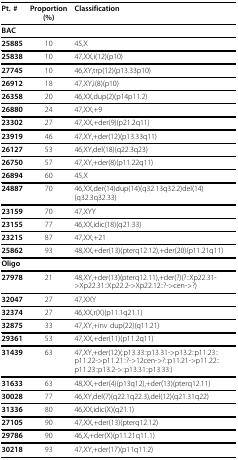
<table><thead><tr><td><b>Pt. #</b></td><td><b>Proportion (%)</b></td><td><b>Classification</b></td></tr></thead><tbody><tr><td colspan="3"><b>BAC</b></td></tr><tr><td><b>25885</b></td><td>10</td><td>45,X</td></tr><tr><td><b>25838</b></td><td>10</td><td>47,XX,i(12)(p10)</td></tr><tr><td><b>27745</b></td><td>10</td><td>46,XY,trp(12)(p13.33p10)</td></tr><tr><td><b>26912</b></td><td>18</td><td>47,XY,i(8)(p10)</td></tr><tr><td><b>26358</b></td><td>20</td><td>46,XX,dup(2)(p14p11.2)</td></tr><tr><td><b>26880</b></td><td>24</td><td>47,XX,+9</td></tr><tr><td><b>23302</b></td><td>27</td><td>47,XX,+der(9)(p21.2q11)</td></tr><tr><td><b>23919</b></td><td>46</td><td>47,XY,+der(12)(p13.33q11)</td></tr><tr><td><b>26127</b></td><td>53</td><td>46,XY,del(18)(q22.3q23)</td></tr><tr><td><b>26750</b></td><td>57</td><td>47,XY,+der(8)(p11.22q11)</td></tr><tr><td><b>26894</b></td><td>60</td><td>45,X</td></tr><tr><td><b>24887</b></td><td>70</td><td>46,XX,der(14)dup(14)(q32.13q32.2)del(14)(q32.3q32.33)</td></tr><tr><td><b>23159</b></td><td>70</td><td>47,XYY</td></tr><tr><td><b>23155</b></td><td>77</td><td>46,XX,idic(18)(q21.33)</td></tr><tr><td><b>23215</b></td><td>87</td><td>47,XX,+21</td></tr><tr><td><b>25862</b></td><td>93</td><td>48,XX,+der(13)(pterq12.12),+der(20)(p11.21q11)</td></tr><tr><td colspan="3"><b>Oligo</b></td></tr><tr><td><b>27978</b></td><td>21</td><td>48,XY,+der(13)(pterq12.11),+der(?)(?::Xp22.31-&gt;Xp22.31::Xp22.2-&gt;Xp22.12::?-&gt;cen-&gt;?)</td></tr><tr><td><b>32047</b></td><td>27</td><td>47,XXY</td></tr><tr><td><b>32374</b></td><td>27</td><td>46,XX,r(X)(p11.1q21.1)</td></tr><tr><td><b>32875</b></td><td>33</td><td>47,XY,+inv dup(22)(q11.21)</td></tr><tr><td><b>29361</b></td><td>53</td><td>47,XX,+der(11)(p11.2q11)</td></tr><tr><td><b>31439</b></td><td>63</td><td>47,XY,+der(12)(:p13.33::p13.31-&gt;p13.2::p11.23::p11.22-&gt;p11.21::?-&gt;12cen-&gt;?::p11.21-&gt;p11.22::p11.23::p13.2-&gt;::p13.31::p13.33:)</td></tr><tr><td><b>31633</b></td><td>63</td><td>48,XX,+der(4)(p13q12),+der(13)(pterq12.11)</td></tr><tr><td><b>30028</b></td><td>77</td><td>46,XY,del(7)(q22.1q22.3),del(12)(q21.31q22)</td></tr><tr><td><b>31336</b></td><td>80</td><td>46,XX,idic(X)(q21.1)</td></tr><tr><td><b>27105</b></td><td>90</td><td>47,XX,+der(13)(pterq12.12)</td></tr><tr><td><b>29786</b></td><td>90</td><td>46,X,+der(X)(p11.21q11.1)</td></tr><tr><td><b>30218</b></td><td>93</td><td>47,XY,+der(17)(p11q11.2)</td></tr></tbody></table>